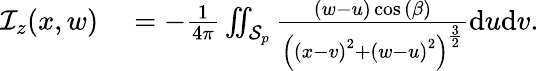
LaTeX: \begin{array}{rl}{\mathcal{I}_{z}(x,w)}&{{}=-\frac{1}{4\pi}\iint_{\mathcal{S}_{p}}\frac{(w-u)\cos{(\beta)}}{\left(\left(x-v\right)^{2}+\left(w-u\right)^{2}\right)^{\frac{3}{2}}}\mathrm{d}u\mathrm{d}v.}\end{array}